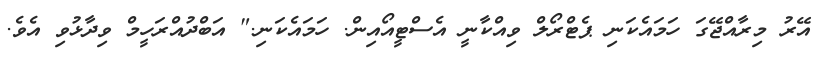
އޭރު މިރާއްޖޭގަ ހަމައެކަނި ޕެޓްރޯލް ވިއްކާނީ އެސްޓީއޯއިން. ހަމައެކަނި." އަބްދުއްރަހީމް ވިދާޅުވި އެވެ.